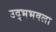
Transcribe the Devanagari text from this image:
उद्भभवला